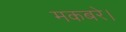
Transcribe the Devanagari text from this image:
मकबरे।